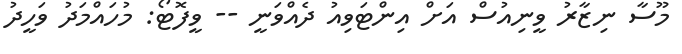
މޫސާ ނިޒާރު ވީނިއުސް އަށް އިންޓަވިއު ދެއްވަނީ -- ވީފޮޓޯ: މުހައްމަދު ވަހީދު